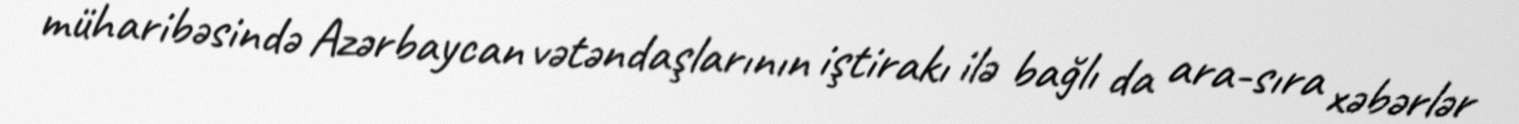
müharibəsində Azərbaycan vətəndaşlarının iştirakı ilə bağlı da ara-sıra xəbərlər